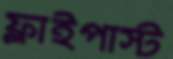
ফ্লাইপাস্ট